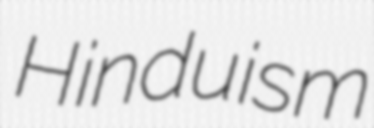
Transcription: Hinduism